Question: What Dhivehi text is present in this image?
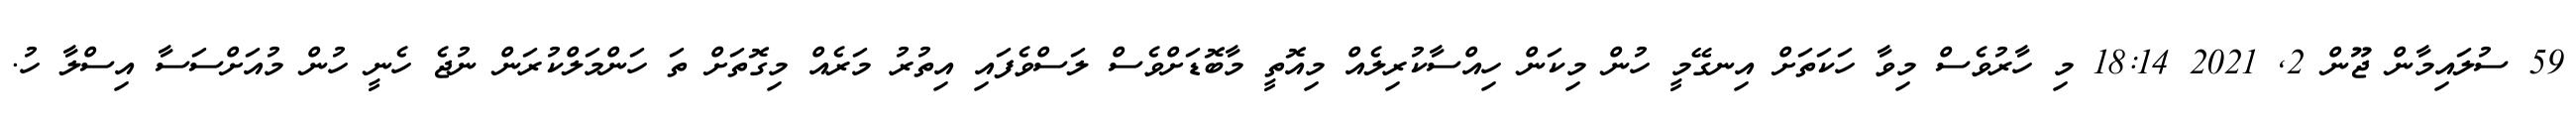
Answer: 59 ސުލައިމާން ޖޫން 2, 2021 18:14 މި ހާރުވެސް މިވާ ހަކަތަށް އިނގޭމީ ހުން މިކަން ހިއްސާކުރިލެއް މިއޮތީ މާބޮޑަށްވެސް ލަސްވެފައި އިތުރު މަރެއް މިގޮތަށް ތަ ހަންމަލްކުރަން ނުޖެ ހެނީ ހުން މުއަށްސަސާ އިސްލާ ހު.